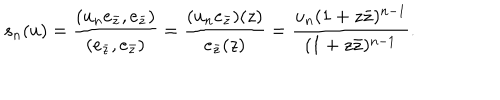
LaTeX: s _ { n } ( u ) = \frac { ( u _ { n } e _ { \bar { z } } , e _ { \bar { z } } ) } { ( e _ { \bar { z } } , e _ { \bar { z } } ) } = \frac { ( u _ { n } e _ { \bar { z } } ) ( z ) } { e _ { \bar { z } } ( z ) } = \frac { u _ { n } ( 1 + z \bar { z } ) ^ { n - 1 } } { ( 1 + z \bar { z } ) ^ { n - 1 } } .